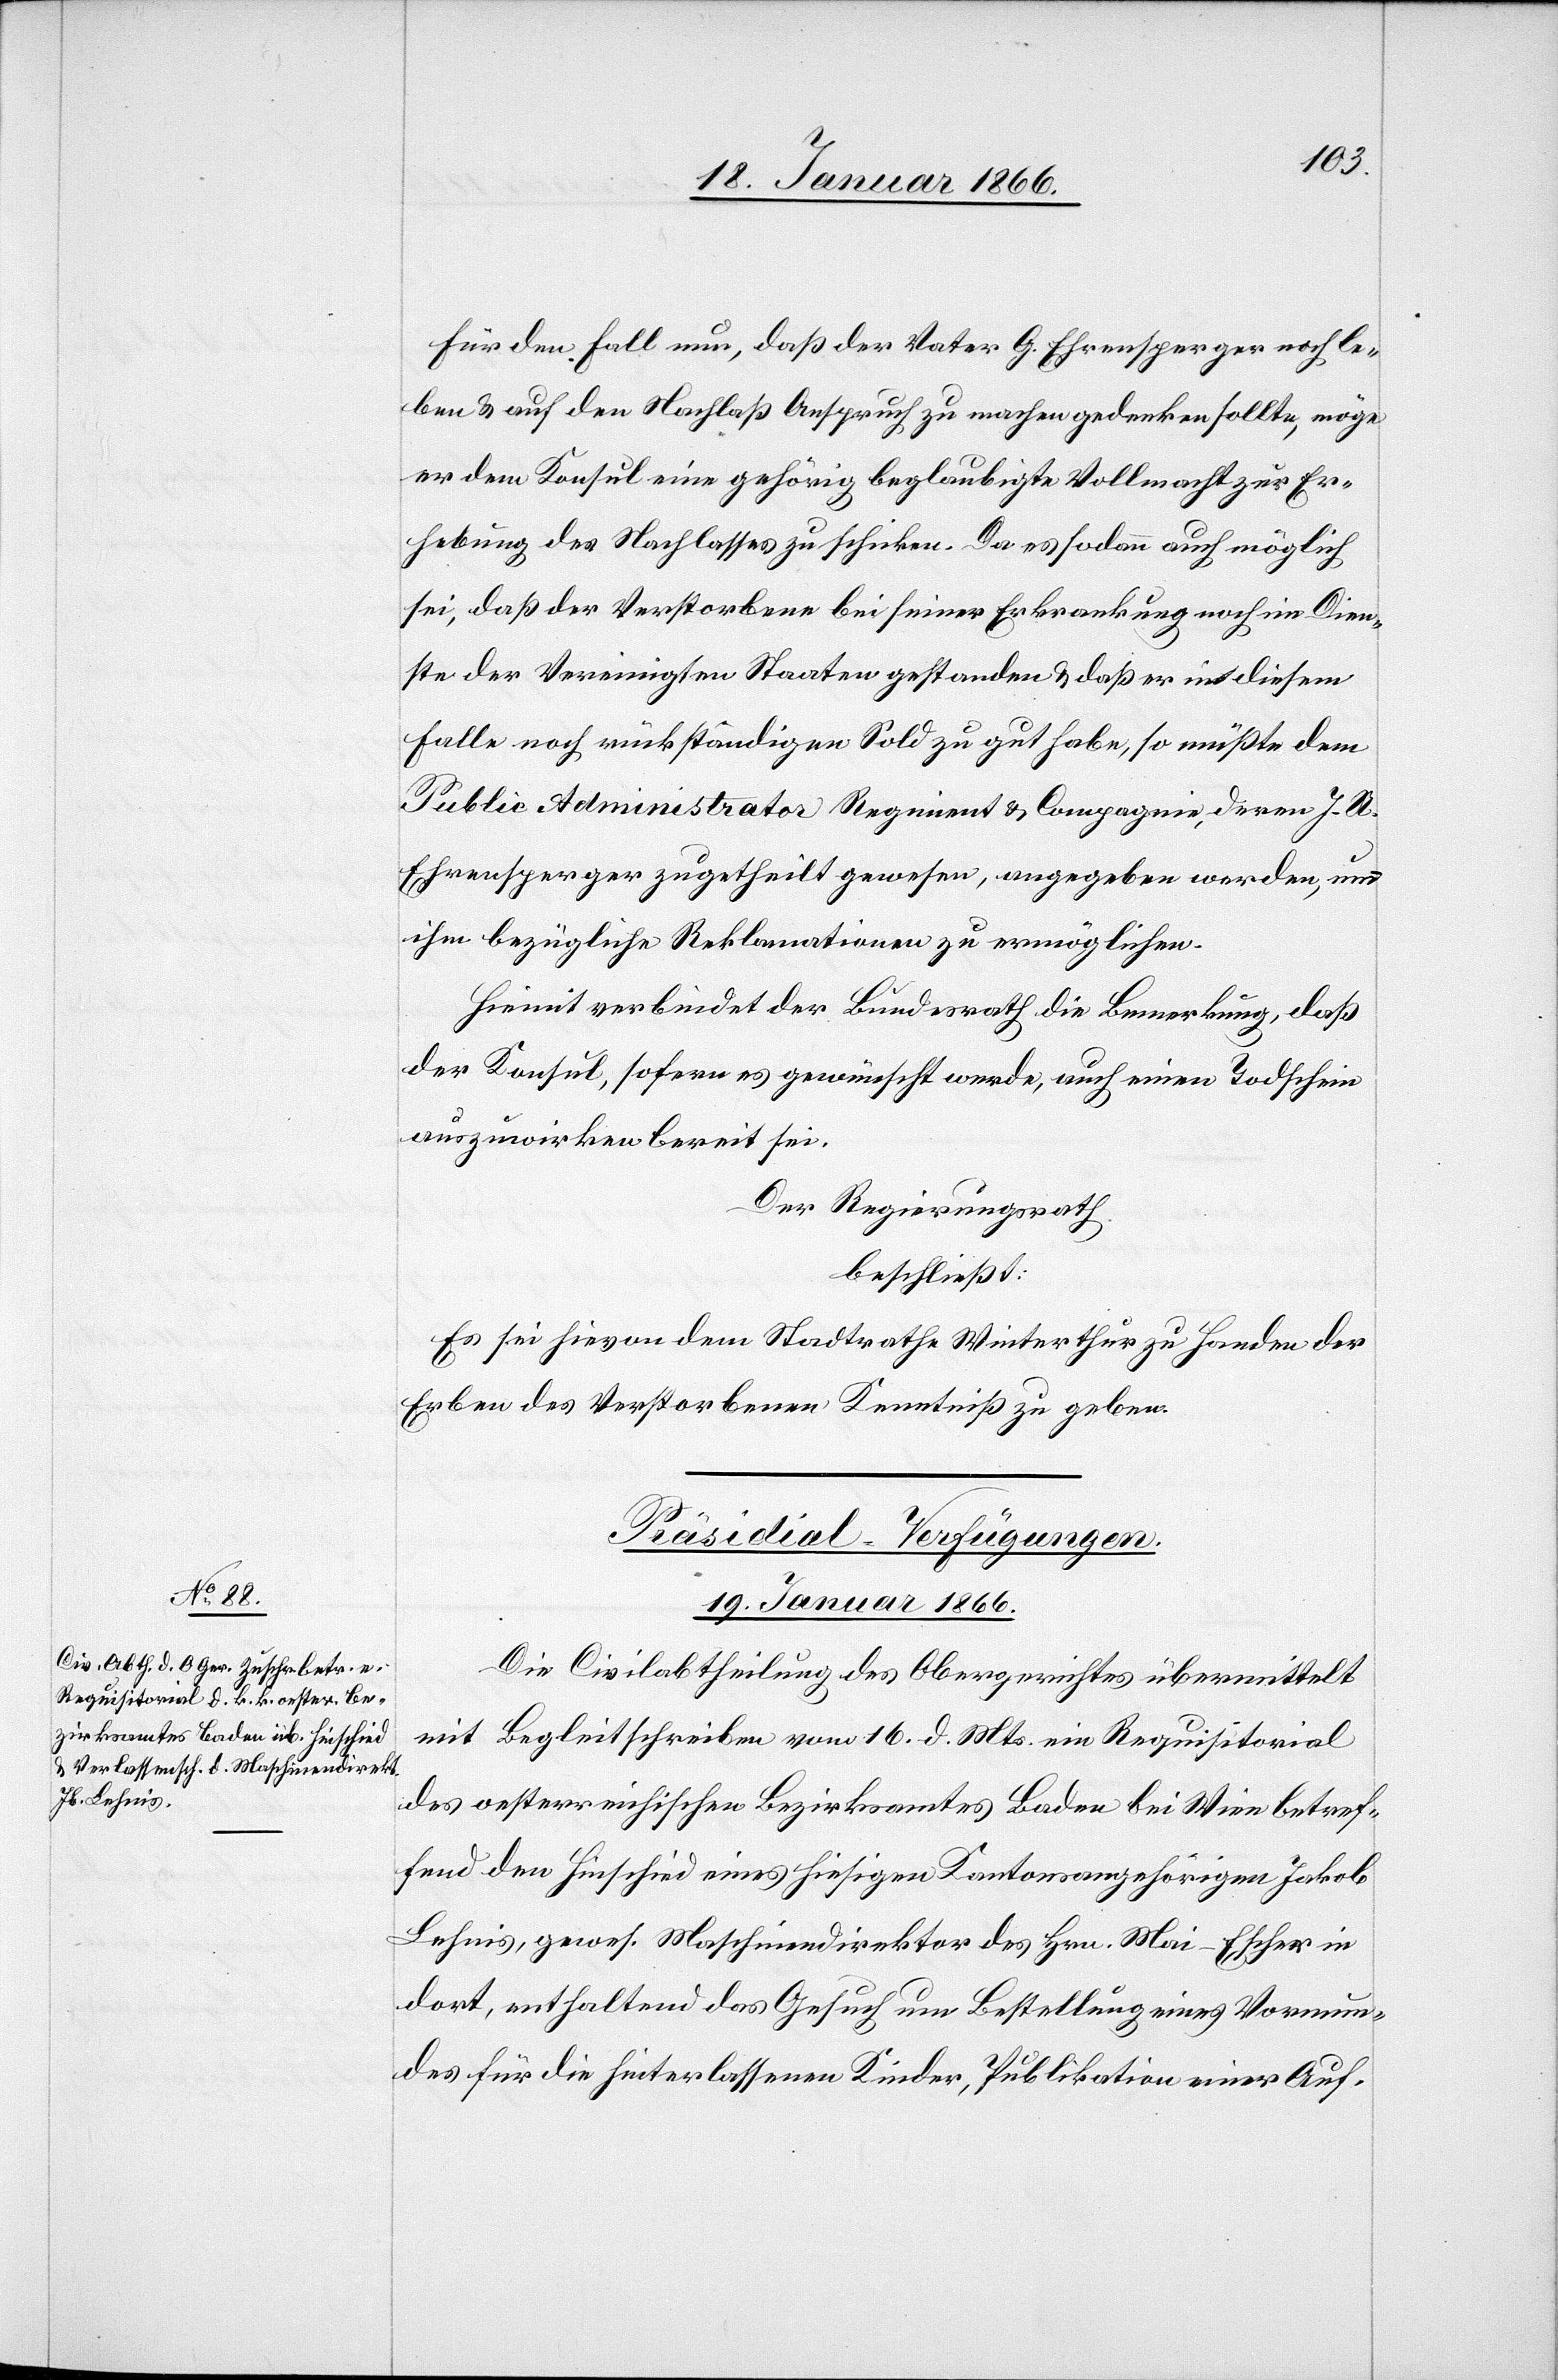
Für den Fall nun, daß der Vater G. Ehrensperger noch le¬
ben u. auf den Nachlaß Anspruch zu machen gedenken sollte, möge
er dem Konsul eine gehörig beglaubigte Vollmacht zur Er¬
hebung des Nachlasses zuschicken. Da es sodann auch möglich
sei, daß der Verstorbene bei seiner Erkrankung noch im Dien¬
ste der Vereinigten Staaten gestanden u. daß er in diesem
Falle noch rückständigen Sold zu gut habe, so müßte dem
Public Administrator Regiment & Compagnie, deren J. U.
Ehrensperger zugetheilt gewesen, angegeben werden, um
ihm bezügliche Reklamationen zu ermöglichen.
Hiemit verbindet der Bundesrath die Bemerkung, daß
der Konsul, sofern es gewünscht werde, auch einen Todschein
auszuwirken bereit sei.
Der Regierungsrath
beschließt:
Es sei hievon dem Stadtrathe Winterthur zu Handen der
Erben des Verstorbenen Kenntniß zu geben.
Präsidial-Verfügungen.
19. Januar 1866.
Die Civilabtheilung des Obergerichtes übermittelt
mit Begleitschreiben vom 16. d. Mts. ein Requisitorial
des oesterreichischen Bezirksamtes Baden bei Wien betref¬
fend den Hinschied eines hiesigen Kantonsangehörigen Jakob
Lehnis, gewes. Maschinendirektor des Hrn. Mai-Escher in
dort, enthaltend das Gesuch um Bestellung eines Vormun¬
des für die hinterlassenen Kinder, Publikation einer Auf-